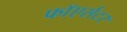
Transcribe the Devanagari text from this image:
फाॅएर्सटर